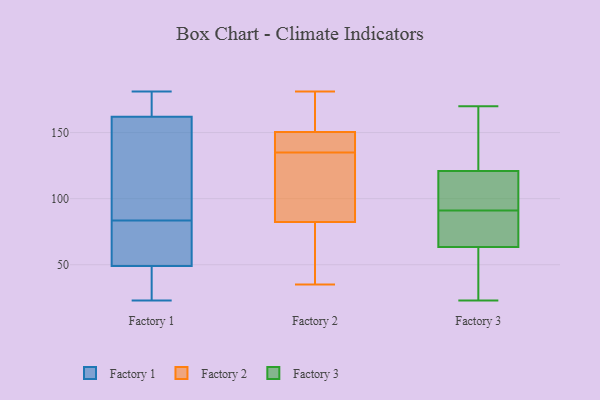
{"axis": {"x": "Production Output", "y": "Value"}, "legend": ["Factory 1", "Factory 2", "Factory 3"], "data": [{"x": "", "y": 63, "type": "Factory 1"}, {"x": "", "y": 31, "type": "Factory 1"}, {"x": "", "y": 23, "type": "Factory 1"}, {"x": "", "y": 100, "type": "Factory 1"}, {"x": "", "y": 181, "type": "Factory 1"}, {"x": "", "y": 162, "type": "Factory 1"}, {"x": "", "y": 67, "type": "Factory 1"}, {"x": "", "y": 160, "type": "Factory 1"}, {"x": "", "y": 49, "type": "Factory 1"}, {"x": "", "y": 178, "type": "Factory 1"}, {"x": "", "y": 35, "type": "Factory 2"}, {"x": "", "y": 107, "type": "Factory 2"}, {"x": "", "y": 65, "type": "Factory 2"}, {"x": "", "y": 176, "type": "Factory 2"}, {"x": "", "y": 143, "type": "Factory 2"}, {"x": "", "y": 181, "type": "Factory 2"}, {"x": "", "y": 47, "type": "Factory 2"}, {"x": "", "y": 88, "type": "Factory 2"}, {"x": "", "y": 135, "type": "Factory 2"}, {"x": "", "y": 137, "type": "Factory 2"}, {"x": "", "y": 173, "type": "Factory 2"}, {"x": "", "y": 142, "type": "Factory 2"}, {"x": "", "y": 104, "type": "Factory 2"}, {"x": "", "y": 54, "type": "Factory 3"}, {"x": "", "y": 89, "type": "Factory 3"}, {"x": "", "y": 93, "type": "Factory 3"}, {"x": "", "y": 119, "type": "Factory 3"}, {"x": "", "y": 23, "type": "Factory 3"}, {"x": "", "y": 73, "type": "Factory 3"}, {"x": "", "y": 170, "type": "Factory 3"}, {"x": "", "y": 83, "type": "Factory 3"}, {"x": "", "y": 93, "type": "Factory 3"}, {"x": "", "y": 123, "type": "Factory 3"}, {"x": "", "y": 36, "type": "Factory 3"}, {"x": "", "y": 161, "type": "Factory 3"}]}